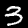
Digit: 3